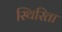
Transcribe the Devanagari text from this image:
स्थिरिता